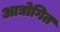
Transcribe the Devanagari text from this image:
आद्योगित